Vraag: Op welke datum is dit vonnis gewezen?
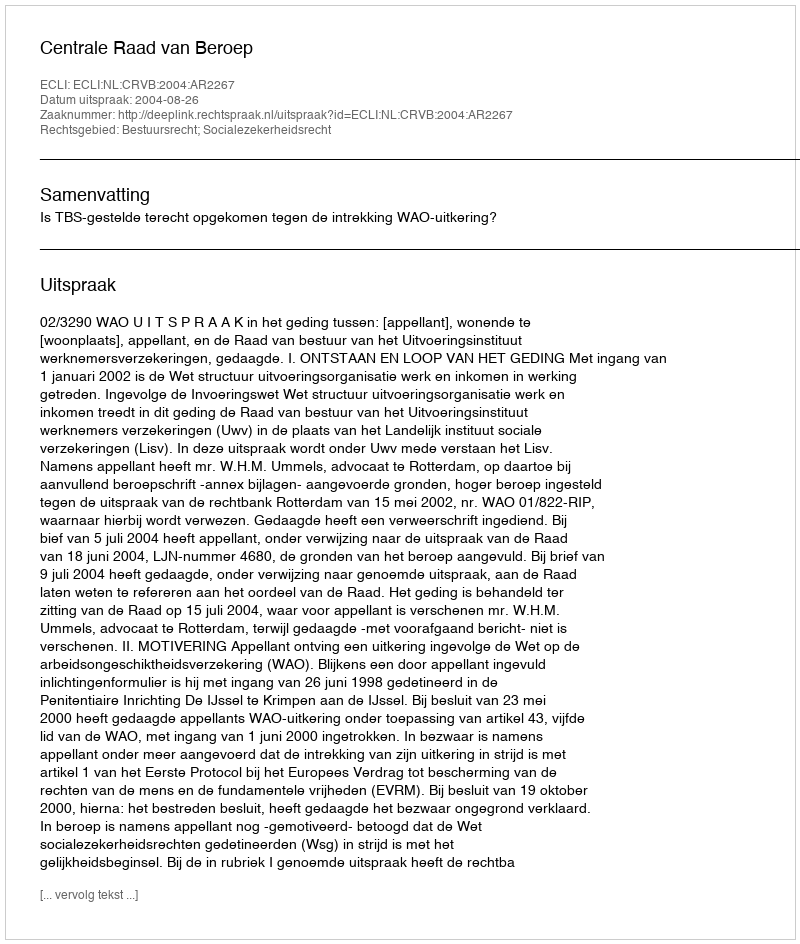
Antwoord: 2004-08-26